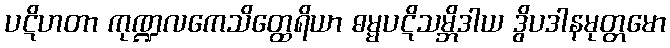
ပဋိဟတာ ကုဏ္ဍလကေသိတ္ထေရိယာ ဓမ္မပဋိသမ္ဘိဒါယ ဒွိပဒါနမုတ္တမော